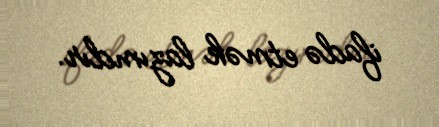
ifadə etmək lazımdır.